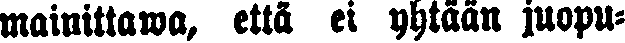
mainittawa, että ei yhtään juopu-